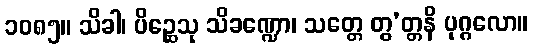
၁၀၈၅။ သိခါ၊ ပိဉ္ဆေသု သိခဏ္ဍော၊ သတ္တေ တွ’တ္တနိ ပုဂ္ဂလော။